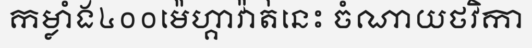
កម្លាំង៤០០ម៉េហ្គាវ៉ាត់នេះ ចំណាយថវិកា